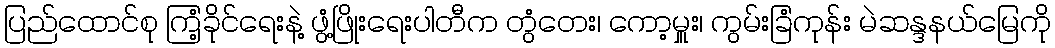
ပြည်ထောင်စု ကြံ့ခိုင်ရေးနဲ့ ဖွံ့ဖြိုးရေးပါတီက တွံတေး၊ ကော့မှူး၊ ကွမ်းခြံကုန်း မဲဆန္ဒနယ်မြေကို